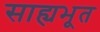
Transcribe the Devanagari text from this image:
साह्यभूत